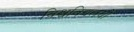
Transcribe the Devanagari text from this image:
विश्वविद्यलयो